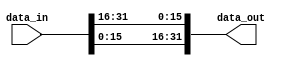
`timescale 1ns / 1ps
//////////////////////////////////////////////////////////////////////////////////
// Company: 
// Engineer: 
// 
// Design Name: 
// Module Name:    byte_reorder 
// Project Name: 
// Target Devices: 
// Tool versions: 
// Description: 
//
// Dependencies: 
//
// Revision: 
// Revision 0.01 - File Created
// Additional Comments: 
//
//////////////////////////////////////////////////////////////////////////////////
module byte_reorder_16( input [31:0] data_in,
output [31:0] data_out
    );

assign data_out[15:0]=data_in[31:16];
assign data_out[31:16]=data_in[15:0];

endmodule